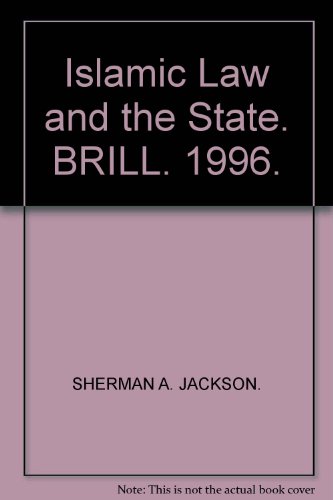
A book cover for Islamic Law and the State: The Constitutional Jurisprudence of Shihab Al-Din Al-Qarafi (Studies in Islamic Law and Society); Sherman A. Jackson; History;